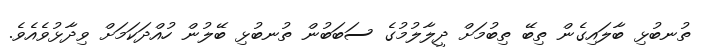
ތުނބުޅި ބާލައިގެން ތިބޭ ތިބުމަށް ދީލާލުމުގެ ސަބަބުން ތުނބުޅި ބޭލުން ހުއްދަކަމަށް ވިދާޅުވެއެވެ.